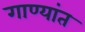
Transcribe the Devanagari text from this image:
गाण्यांत